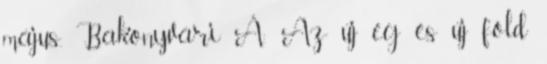
május. Bakonyvári Á.: Az új ég és új föld